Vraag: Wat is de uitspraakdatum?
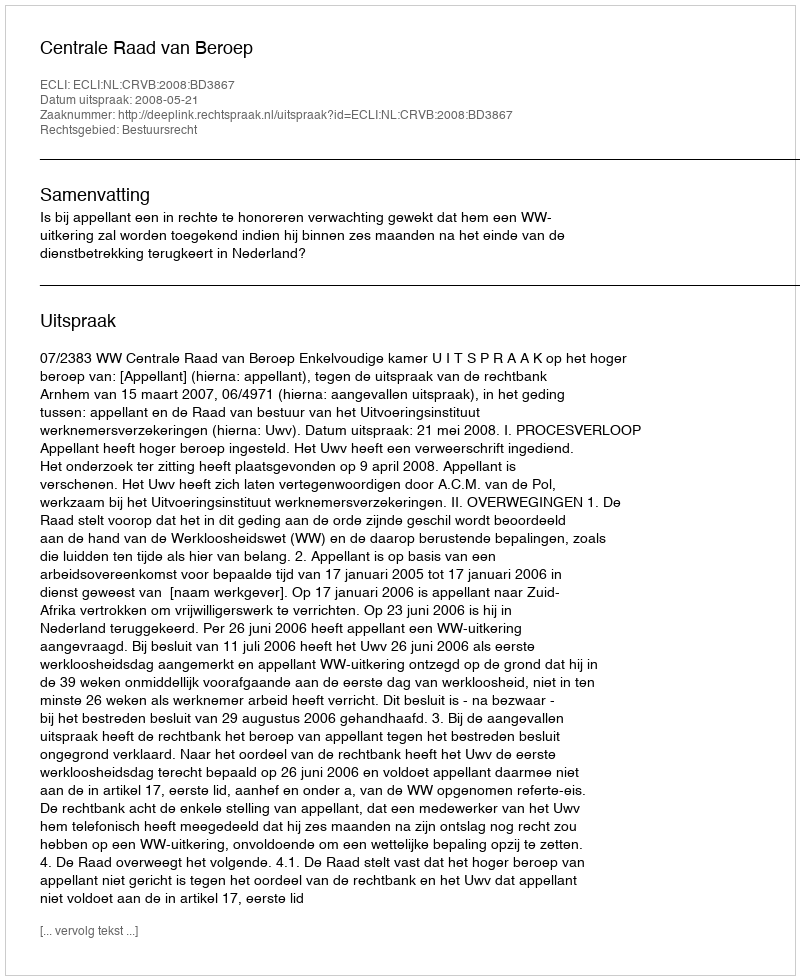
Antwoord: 2008-05-21